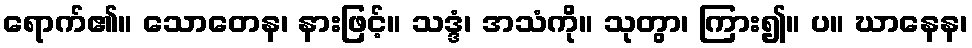
ရောက်၏။ သောတေန၊ နားဖြင့်။ သဒ္ဒံ၊ အသံကို။ သုတွာ၊ ကြား၍။ ပ။ ဃာနေန၊